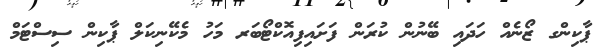
ޕާކިންގ ޒޯނެއް ހަދައި ބޭނުން ކުރަން ފަށައިފިއޮކްޓޯބަރ މަހު މެކޭނިކަލް ޕާކިން ސިސްޓަމް